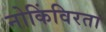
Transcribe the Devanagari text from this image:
नोकिंविरता